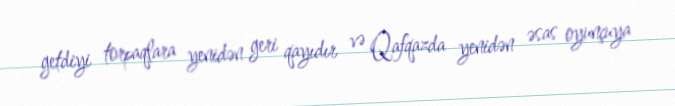
getdiyi torpaqlara yenidən geri qayıdır və Qafqazda yenidən əsas oyunçuya